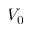
V _ { 0 }